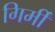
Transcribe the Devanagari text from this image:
गिर्मी